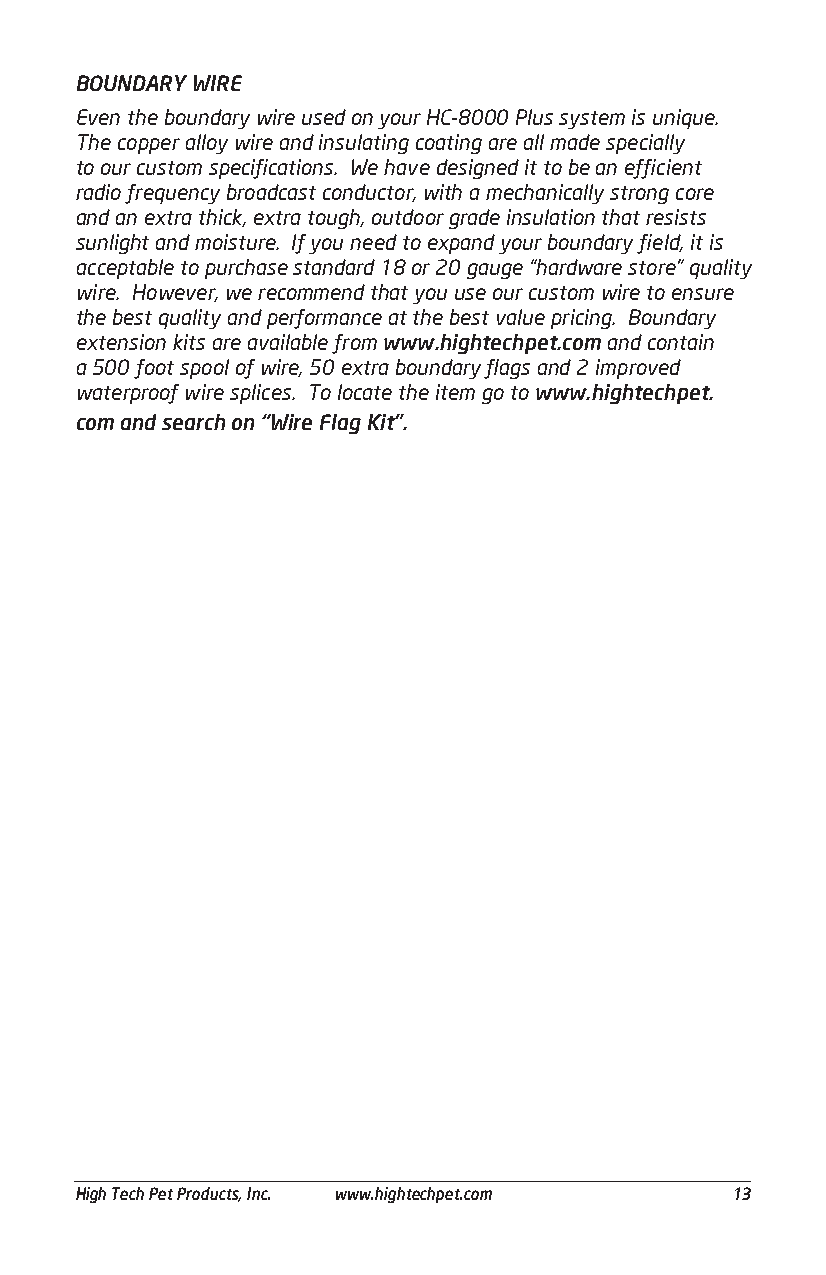
BOUNDARY WIRE
 Even the boundary wire used on your HC-8000 Plus system is unique.
 The copper alloy wire and insulating coating are all made specially
 to our custom specifications. We have designed it to be an efficient
 radio frequency broadcast conductor, with a mechanically strong core
 and an extra thick, extra tough, outdoor grade insulation that resists
 sunlight and moisture. If you need to expand your boundary field, it is
 acceptable to purchase standard 18 or 20 gauge “hardware store” quality
 wire. However, we recommend that you use our custom wire to ensure
 the best quality and performance at the best value pricing. Boundary
 extension kits are available from www.hightechpet.com and contain
 a 500 foot spool of wire, 50 extra boundary flags and 2 improved
 waterproof wire splices. To locate the item go to www.hightechpet.
 com and search on “Wire Flag Kit”.
 ___________________________________________________________________________________________
 High Tech Pet Products, Inc. www.hightechpet.com 13